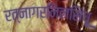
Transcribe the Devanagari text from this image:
रत्नागरनिलसिंधू